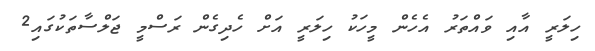
ހިލަރީ އާއި ވައްތަރު އެހެން މީހަކު ހިލަރީ އަށް ހެދިގެން ރަސްމީ ޖަލްސާތަކުގައި2